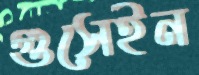
গুসেইন